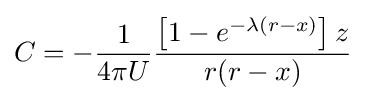
C=-{\frac {1}{4\pi U}}{\frac {\left[1-e^{-\lambda (r-x)}\right]z}{r(r-x)}}